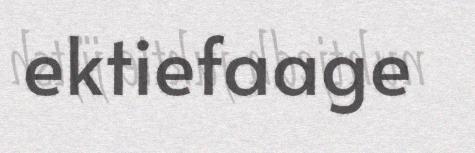
ektiefaage